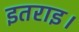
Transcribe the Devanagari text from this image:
इतराइ।